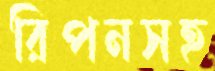
রিপনসহ